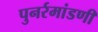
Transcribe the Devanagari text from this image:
पुनर्रमांडणी